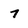
Character: 7